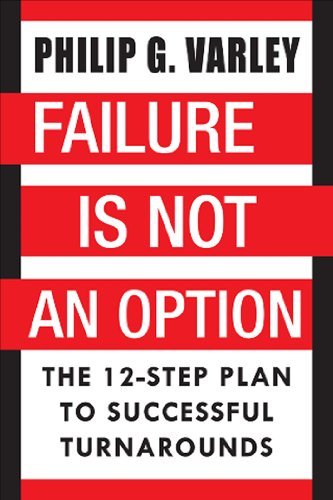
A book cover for Failure Is Not An Option: The 12-Step Plan to Successful Turnarounds; Philip G Varley; Business & Money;